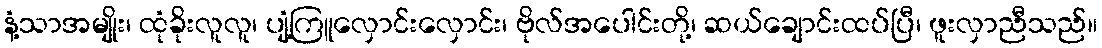
နံ့သာအမျိုး၊ ထုံခိုးလူလူ၊ ပျံ့ကြူလှောင်းလှောင်း၊ ဗိုလ်အပေါင်းတို့၊ ဆယ်ချောင်းထပ်ပြီ၊ ဖူးလှာညီသည်။